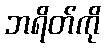
ဘရိတ်ကို